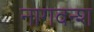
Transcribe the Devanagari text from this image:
नागवन्श